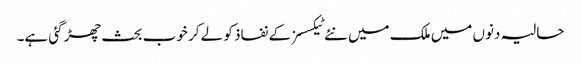
حالیہ دنوں میں ملک میں نئے ٹیکسسز کے نفاذ کو لے کر خوب بحث چھڑ گئی ہے۔